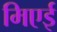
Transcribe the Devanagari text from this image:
मिएई